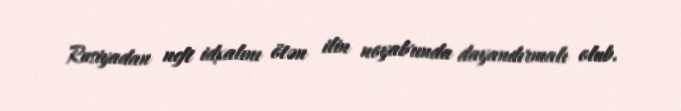
Rusiyadan neft idxalını ötən ilin noyabrında dayandırmalı olub.